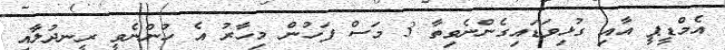
އެމްޑީޕީ އާއި ގުޅިވަޑައިގެންނެވިތާ 3 މަސް ފަހުން މިހާރު އެ ހުންނެވީ ރީނދުލާއި